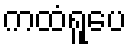
ကထံရူပေ